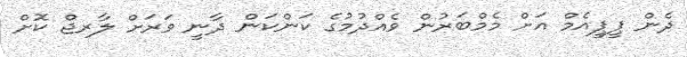
ދެން ޕީޕީއެމް އަށް މެމްބަރުން ވެއްދުމުގެ ކަންކަން ދާނީ ވަރަށް ލާރޖް ކޮށް